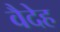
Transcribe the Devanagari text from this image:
वैदेह